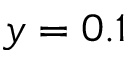
y = 0 . 1